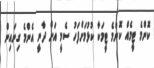
ކޮންމެ ޓީމެއް ކޮންމެ ޓީމަކާ ކުޅުމަށްފަހު ސެމީ އަށް ދާނީ އެންމެ ގިނައިން